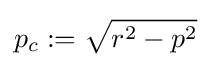
p_{c}:={\sqrt {r^{2}-p^{2}}}